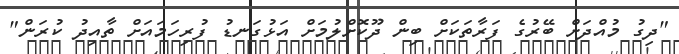
"ދިގު މުއްދަށް ބޭރުގެ ފަރާތަކަށް ބިން ދޫކޮށްލުމަށް އަޅުގަނޑު ފުރިހަމައަށް ތާއިދު ކުރަން"